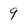
Character: 9